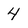
Character: 4